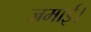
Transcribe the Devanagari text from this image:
जमाई।